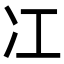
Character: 冮